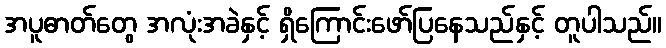
အပူဓာတ်တွေ အလုံးအခဲနှင့် ရှိကြောင်းဖော်ပြနေသည်နှင့် တူပါသည်။